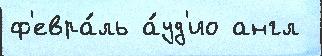
ф'евра́ль а́уд'ио англ